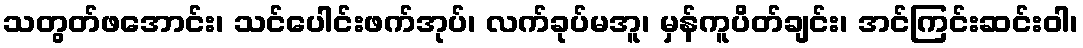
သတွတ်ဖအောင်း၊ သင်ပေါင်းဖက်အုပ်၊ လက်ခုပ်မအူ၊ မှန်ကူပိတ်ချင်း၊ အင်ကြင်းဆင်းဝါ၊